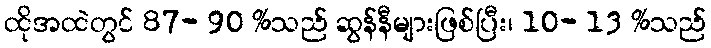
ထိုအထဲတွင် 87- 90 %သည် ဆွန်နီများဖြစ်ပြီး၊ 10- 13 %သည်